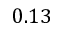
0 . 1 3